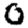
Digit: 0